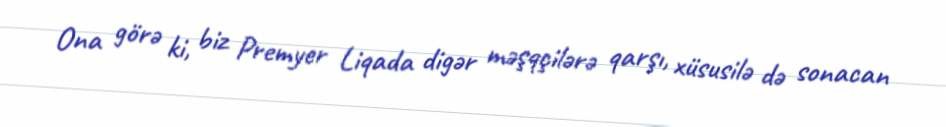
Ona görə ki, biz Premyer Liqada digər məşqçilərə qarşı, xüsusilə də sonacan